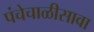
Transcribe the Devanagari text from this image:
पंचेचाळीसावा